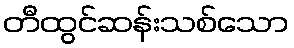
တီထွင်ဆန်းသစ်သော